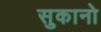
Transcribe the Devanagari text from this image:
सुकानो